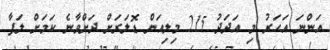
އަންނަ އަހަރު މި އަދަދު 215 މިލިއަން ޑޮލަރަށް ދަށްވާނެ ކަމަށް ލަފާ